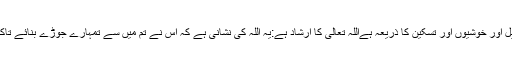
شوہر اوربیوی کا رشتہ مرد اور عورت کے لیے چاہے اور چاہے جانے کے تقاضوں کی تکمیل اور خوشیوں اور تسکین کا ذریعہ ہےاللہ تعالیٰ کا ارشاد ہے:یہ اللہ کی نشانی ہے کہ اس نے تم میں سے تمہارے جوڑے بنائے تاکہ تم ایک دوسرے سے تسکین پاؤ اور تمہارے درمیان محبت اور رحمت کے جذبات رکھ دیے۔